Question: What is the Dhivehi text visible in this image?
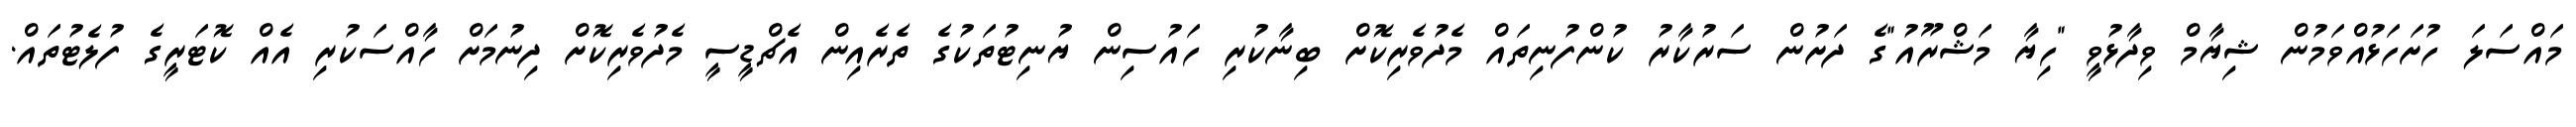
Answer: މައްސަލަ ހުށަހަޅުއްވަމުން ޝިޔާމް ވިދާޅުވީ "ހިޔާ މަޝްރޫއު"ގެ ދަށުން ސަރުކާރު ކުންފުނިތައް މެދުވެރިކޮށް ބިނާކުރި ހައުސިން ޔުނިޓުތަކުގެ ތެރެއިން އެޗްޑީސީ މެދުވެރިކޮށް ދިނުމަށް ހާއްސަކުރި އެއް ކޮޓަރީގެ ފުލެޓުތައް.